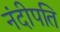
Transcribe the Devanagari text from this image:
नंदीपति